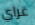
غراي